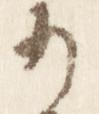
小